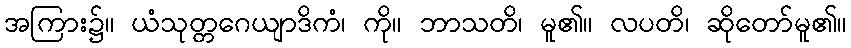
အကြား၌။ ယံသုတ္တဂေယျာဒိကံ၊ ကို။ ဘာသတိ၊ မူ၏။ လပတိ၊ ဆိုတော်မူ၏။